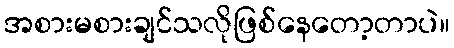
အစားမစားချင်သလိုဖြစ်နေတော့တာပဲ။